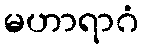
မဟာရာဂံ